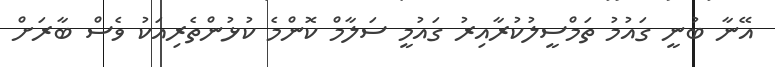
އޭނާ ބުނީ ގައުމު ތަމްސީލުކުރާއިރު ގައުމީ ސަލާމް ކޮންމެ ކުޅުންތެރިއަކު ވެސް ބާރަށް